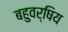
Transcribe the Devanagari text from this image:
बहुवर्षिय